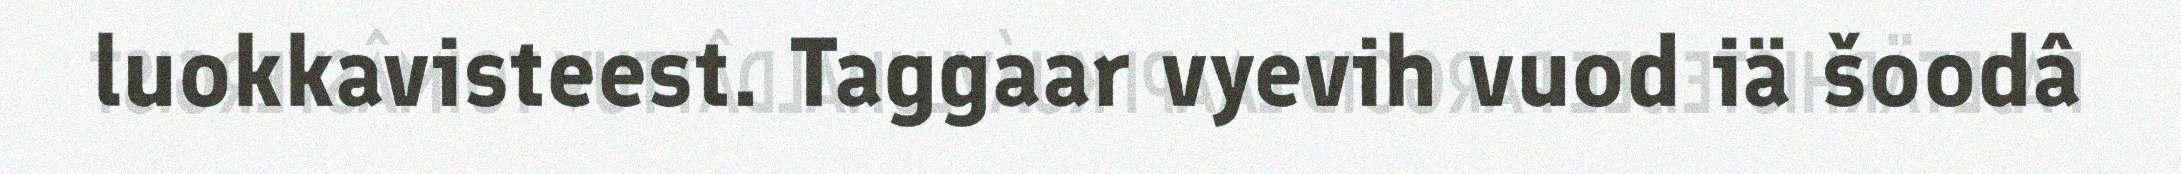
luokkavisteest. Taggaar vyevih vuod iä šoodâ